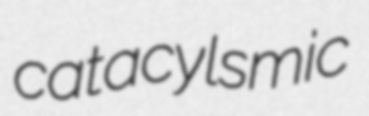
catacylsmic